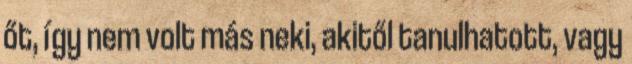
őt, így nem volt más neki, akitől tanulhatott, vagy